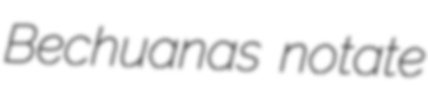
Bechuanas notate